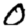
Digit: 0